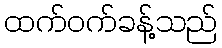
ထက်ဝက်ခန့်သည်